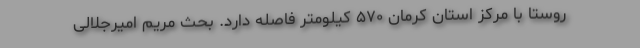
روستا با مرکز استان کرمان ۵۷۰ کیلومتر فاصله دارد. بحث مریم امیرجلالی